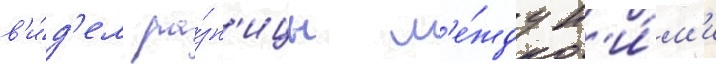
в'и́д'ел ра́зн'ицы м'е́жду н'и́м'и